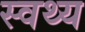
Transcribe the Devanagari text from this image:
स्वथ्य